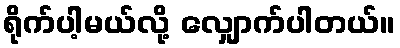
ရိုက်ပါ့မယ်လို့ လျှောက်ပါတယ်။